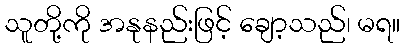
သူတို့ကို အနုနည်းဖြင့် ချော့သည်၊ မရ။